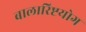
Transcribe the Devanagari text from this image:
बालारिष्टयोग